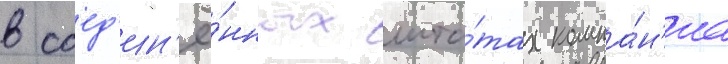
в соед'ин'ё́нных шта́тах компа́н'иа